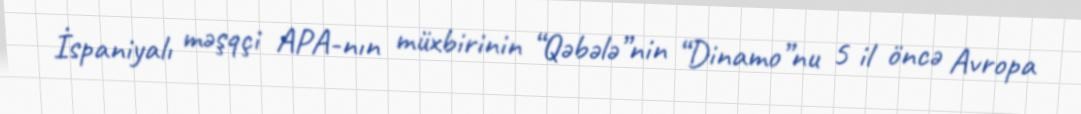
İspaniyalı məşqçi APA-nın müxbirinin “Qəbələ”nin “Dinamo”nu 5 il öncə Avropa